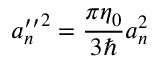
{ a _ { n } ^ { \prime \prime } } ^ { 2 } = \frac { \pi \eta _ { 0 } } { 3 \hbar } a _ { n } ^ { 2 }